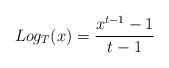
LaTeX: \begin{align*}Log_{T}(x)=\frac{x^{t-1}-1}{t-1}\end{align*}